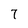
Character: 7